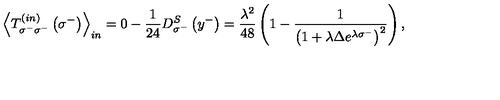
{ \left< T _ { \sigma ^ { - } \sigma ^ { - } } ^ { \left( i n \right) } \left( \sigma ^ { - } \right) \right> } _ { i n } = 0 - { \frac { 1 } { 2 4 } } D _ { \sigma ^ { - } } ^ { S } \left( y ^ { - } \right) = { \frac { \lambda ^ { 2 } } { 4 8 } } \left( 1 - { \frac { 1 } { { \left( 1 + \lambda \Delta e ^ { \lambda \sigma ^ { - } } \right) } ^ { 2 } } } \right) ,